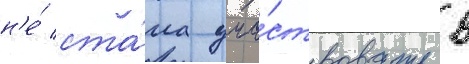
н'е́ ста́ла уча́ствовать в